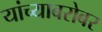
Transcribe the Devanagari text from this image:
यांच्‍याबरोबर